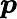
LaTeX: \boldsymbol{p}